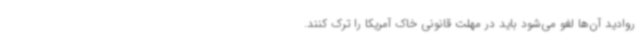
روادید آن‌ها لغو می‌شود باید در مهلت قانونی خاک آمریکا را ترک کنند.